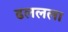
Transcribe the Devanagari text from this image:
ढललला